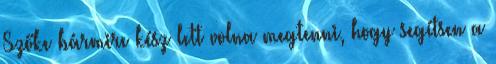
Szőke bármire kész lett volna megtenni, hogy segítsen a